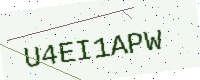
Text: U4EI1APW